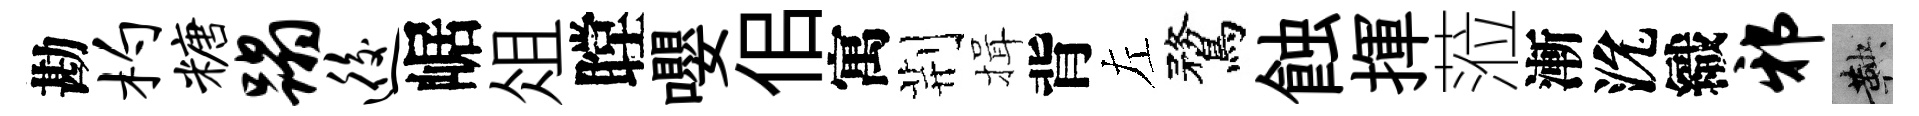
勘杓糖蹋逅崌俎瞠嚶佀寓荆揖背左鶩蝕揮蒞漸沇織邪鞅